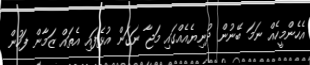
އެހެންމީހެއް ނަމަ ބޭނުން ދުނިޔެއެއްގައި މަޖާ ނަގަން އުޅެފައި އެތައް ޒަމާން ފަހުން